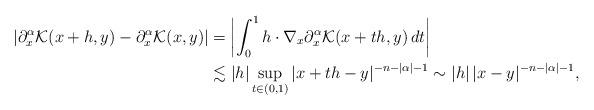
LaTeX: \begin{align*}|\partial_x^\alpha \mathcal K(x+h,y)-\partial_x^\alpha\mathcal K(x,y)|&=\left|\int_0^1h\cdot\nabla_x\partial_x^\alpha\mathcal K(x+th,y)\,dt \right| \\&\lesssim|h|\sup_{ t\in(0,1)}|x+th-y|^{-n-|\alpha|-1}\sim|h|\,|x-y|^{-n-|\alpha|-1},\end{align*}